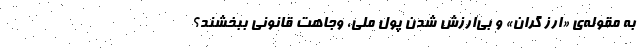
به مقوله‌ی «ارز گران» و بی‌ارزش شدن پول ملی، وجاهت قانونی ببخشند؟